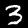
Digit: 3